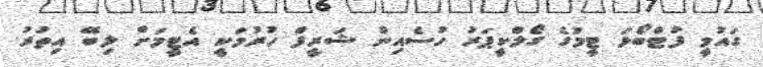
ގައުމީ ފުޓްބޯޅަ ޓީމުގެ ގޯލްކީޕަރު ހުސެއިން ޝަރީފް ހުރުމަކީ އެޓީމަށް ލިބޭ އިތުރު